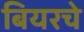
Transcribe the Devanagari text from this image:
बियरचे